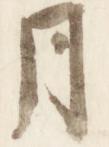
月